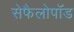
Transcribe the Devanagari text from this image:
सेफैलोपॉड